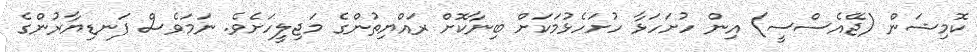
ކޮމިޝަން (ޖޭއެސްސީ) އިން ހުށަހަޅާ ހުށަހެޅުމަކަށް ބިނާކޮށް ރައްޔިތުންގެ މަޖިލީހަށެވެ. ނަމަވެސް ފަނޑިޔާރުންގެ